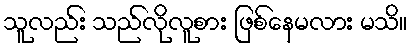
သူလည်း သည်လိုလူစား ဖြစ်နေမလား မသိ။